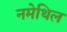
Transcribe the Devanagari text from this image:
नमेथिल